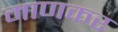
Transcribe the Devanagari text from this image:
माणकर